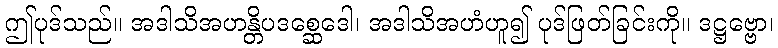
ဤပုဒ်သည်။ အဒါသိအဟန္တိပဒစ္ဆေဒေါ၊ အဒါသိအဟံဟူ၍ ပုဒ်ဖြတ်ခြင်းကို။ ဒဋ္ဌဗ္ဗော၊